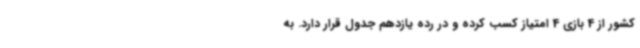
کشور از 4 بازی 4 امتیاز کسب کرده و در رده یازدهم جدول قرار دارد. به